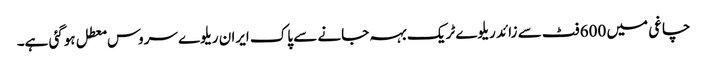
چاغی میں 600 فٹ سے زائد ریلوے ٹریک بہہ جانے سے پاک ایران ریلوے سروس معطل ہوگئی ہے۔